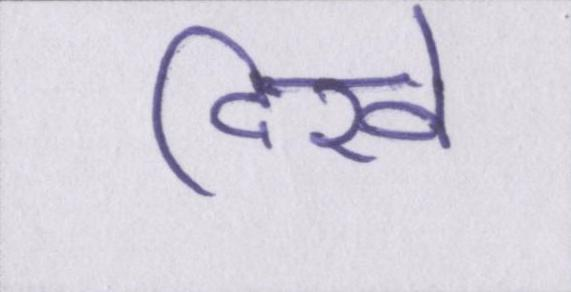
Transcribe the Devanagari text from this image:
दिखे